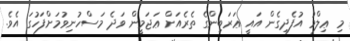
މި ޢިލްމު އުފެދިގެން އައީ ޢަރަބިންގެ ތެރެއަށް ޢަޖަމީން ވަދެ މަސްހުނިވުމަށްފަހުގަ އެވެ.